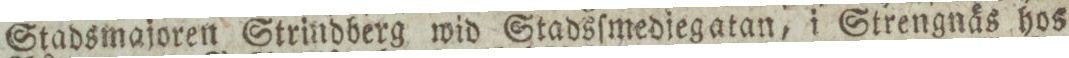
Stadsmajoren Strindberg wid Stadsſmedjegatan, i Strengnäs hos